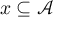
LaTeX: x \subseteq { \mathcal { A } }